Leningradi_Edasi_toimetus, lk 91
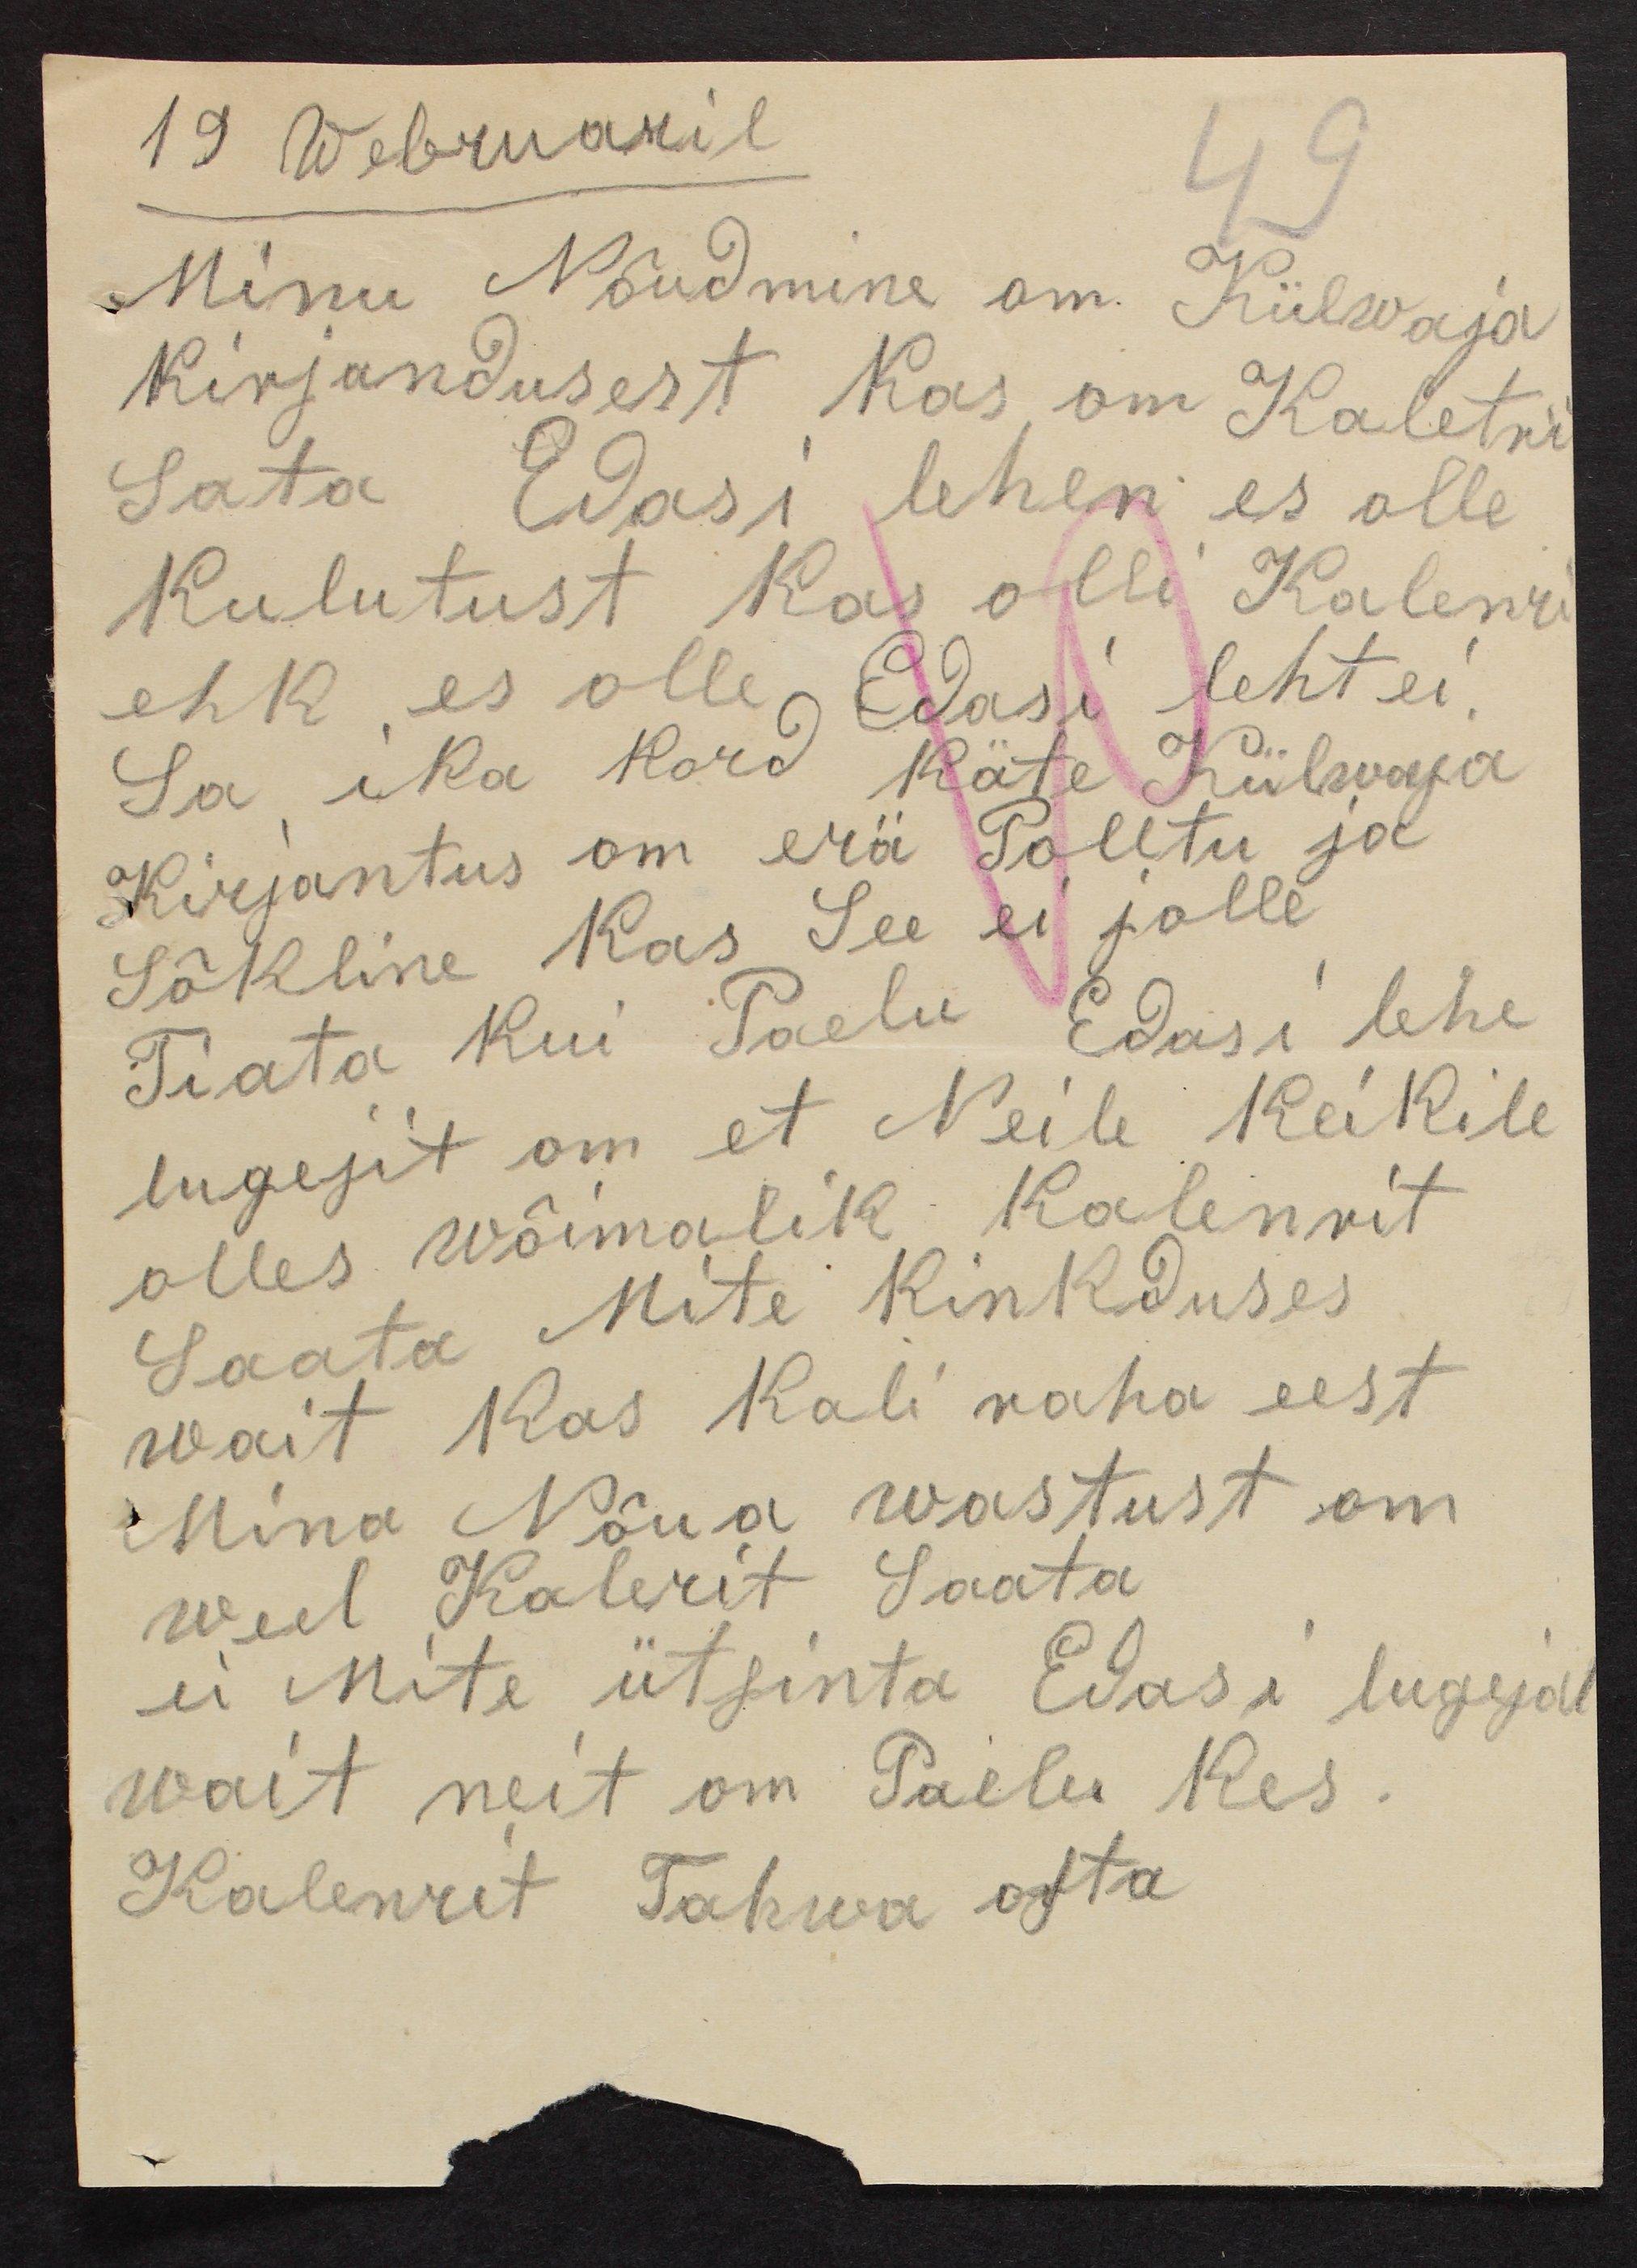
19 Webruaril
49
Minu Nõudmine om. Külwaja
Kirjandusest Kas om Kaletrid
Sata Edasi leheni es olle
Kulutust kas olli Kalenri
ehk es olle Edasi leht ei
Sa ika kord käte Külwaja
Kirjantus om erä Poletu ja
Sõkline Kas See ei jolle
Tiata kui Paelu Edasi lehe
lugejit om et Neile Keikile
olles wõimalik Kalenrit
Saata Mite Kinkduses
wait Kas Kali raha eest
Mina Nõua wastust om
weel Kalerit Saata
ei Mite ütsinta Edasi lugejal
wait neit on Pailu Kes.
Kalenrit Tahwa osta